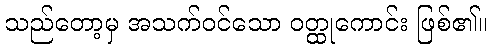
သည်တော့မှ အသက်ဝင်သော ဝတ္ထုကောင်း ဖြစ်၏။